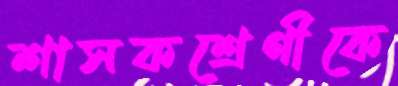
শাসকশ্রেণীকে